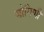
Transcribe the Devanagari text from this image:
जोगिणी